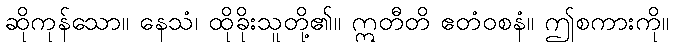
ဆိုကုန်သော။ နေသံ၊ ထိုခိုးသူတို့၏။ ဣတီတိ ဧတံဝစနံ။ ဤစကားကို။